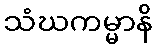
သံဃကမ္မာနိ